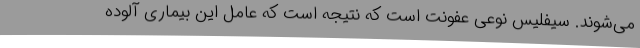
می‌شوند. سیفلیس نوعی عفونت است که نتیجه است که عامل این بیماری آلوده